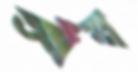
আঁব